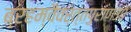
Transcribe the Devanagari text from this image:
ब्रहम्वैवर्त्तपुराण३०